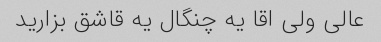
عالی ولی اقا یه چنگال یه قاشق بزارید